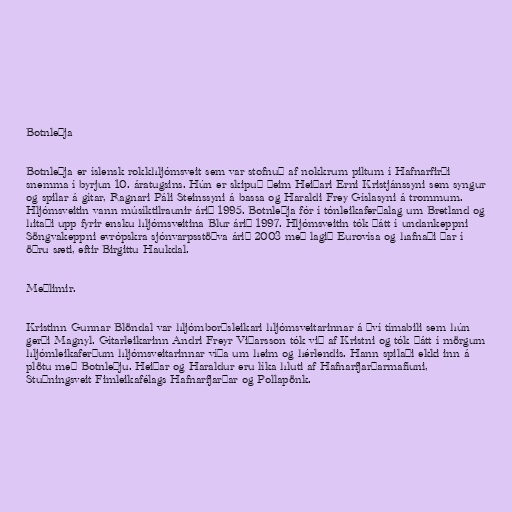
Botnleðja

Botnleðja er íslensk rokkhljómsveit sem var stofnuð af nokkrum piltum í Hafnarfirði
snemma í byrjun 10. áratugsins. Hún er skipuð þeim Heiðari Erni Kristjánssyni sem syngur
og spilar á gítar, Ragnari Páli Steinssyni á bassa og Haraldi Frey Gíslasyni á trommum.
Hljómsveitin vann músíktilraunir árið 1995. Botnleðja fór í tónleikaferðalag um Bretland og
hitaði upp fyrir ensku hljómsveitina Blur árið 1997. Hljómsveitin tók þátt í undankeppni
Söngvakeppni evrópskra sjónvarpsstöðva árið 2003 með lagið Eurovísa og hafnaði þar í
öðru sæti, eftir Birgittu Haukdal.

Meðlimir.

Kristinn Gunnar Blöndal var hljómborðsleikari hljómsveitarinnar á því tímabili sem hún
gerði Magnyl. Gítarleikarinn Andri Freyr Viðarsson tók við af Kristni og tók þátt í mörgum
hljómleikaferðum hljómsveitarinnar víða um heim og hérlendis. Hann spilaði ekki inn á
plötu með Botnleðju. Heiðar og Haraldur eru líka hluti af Hafnarfjarðarmafíuni,
Stuðningsveit Fimleikafélags Hafnarfjarðar og Pollapönk.